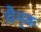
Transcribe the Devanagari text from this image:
थ़ैन्क